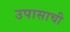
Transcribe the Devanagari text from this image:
उपासाची